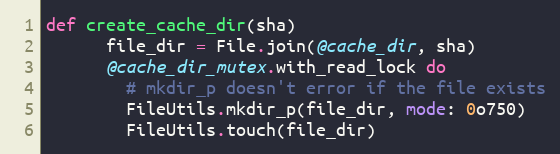
Language: Ruby
def create_cache_dir(sha)
      file_dir = File.join(@cache_dir, sha)
      @cache_dir_mutex.with_read_lock do
        # mkdir_p doesn't error if the file exists
        FileUtils.mkdir_p(file_dir, mode: 0o750)
        FileUtils.touch(file_dir)